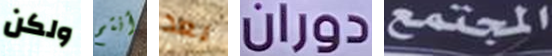
ولكن أنتم بعد دوران المجتمع